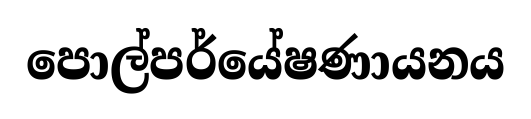
පොල්පර්යේෂණායනය